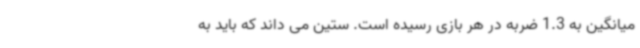
میانگین به 1.3 ضربه در هر بازی رسیده است. ستین می داند که باید به